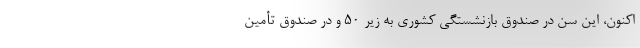
اکنون، این سن در صندوق بازنشستگی کشوری به زیر ۵۰ و در صندوق تأمین